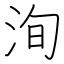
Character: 洵